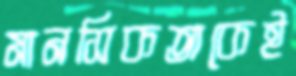
মানসিকতাকেই